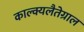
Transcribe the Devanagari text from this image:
काल्क्यलैतेग्राल